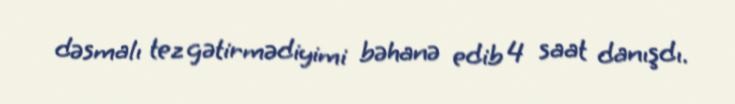
dəsmalı tez gətirmədiyimi bəhanə edib 4 saat danışdı.